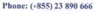
Phone: (+855)23 890 666